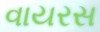
વાયરસ